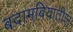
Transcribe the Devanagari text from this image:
बदामबियांतील